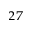
^ { 2 7 }